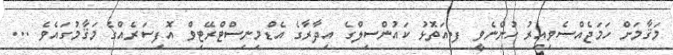
މަޤާމަށް ހަމަޖެއްސެވިއިރު ހުންނެވީ ފ.އަތޮޅު ކައުންސިލްގެ އިދާރާގެ އެޑްމިނިސްޓްރޭޓިވް އޮފިސަރެއްގެ މަޤާމުގައެވެ ...